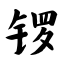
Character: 锣